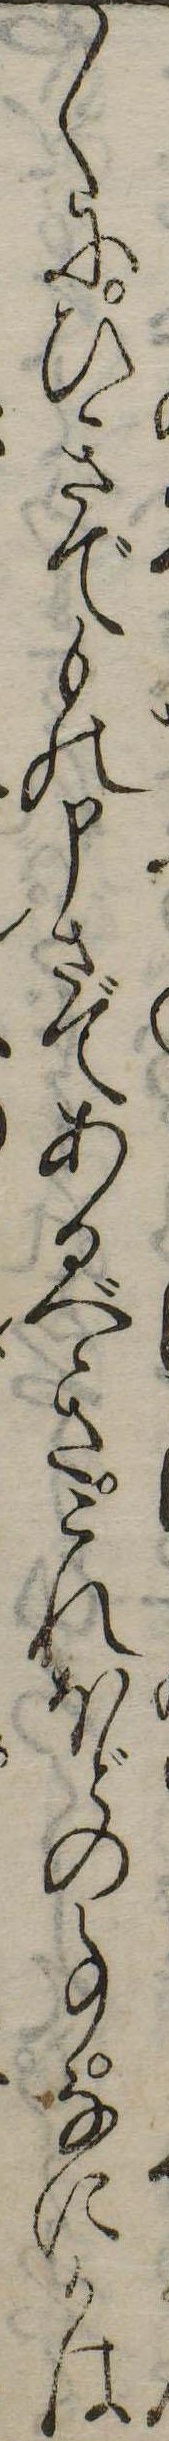
〱にひきでもの申さであるべきこれほどの事なにかは